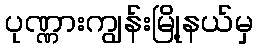
ပုဏ္ဏားကျွန်းမြို့နယ်မှ